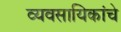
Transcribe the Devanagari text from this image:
व्यवसायिकांचे